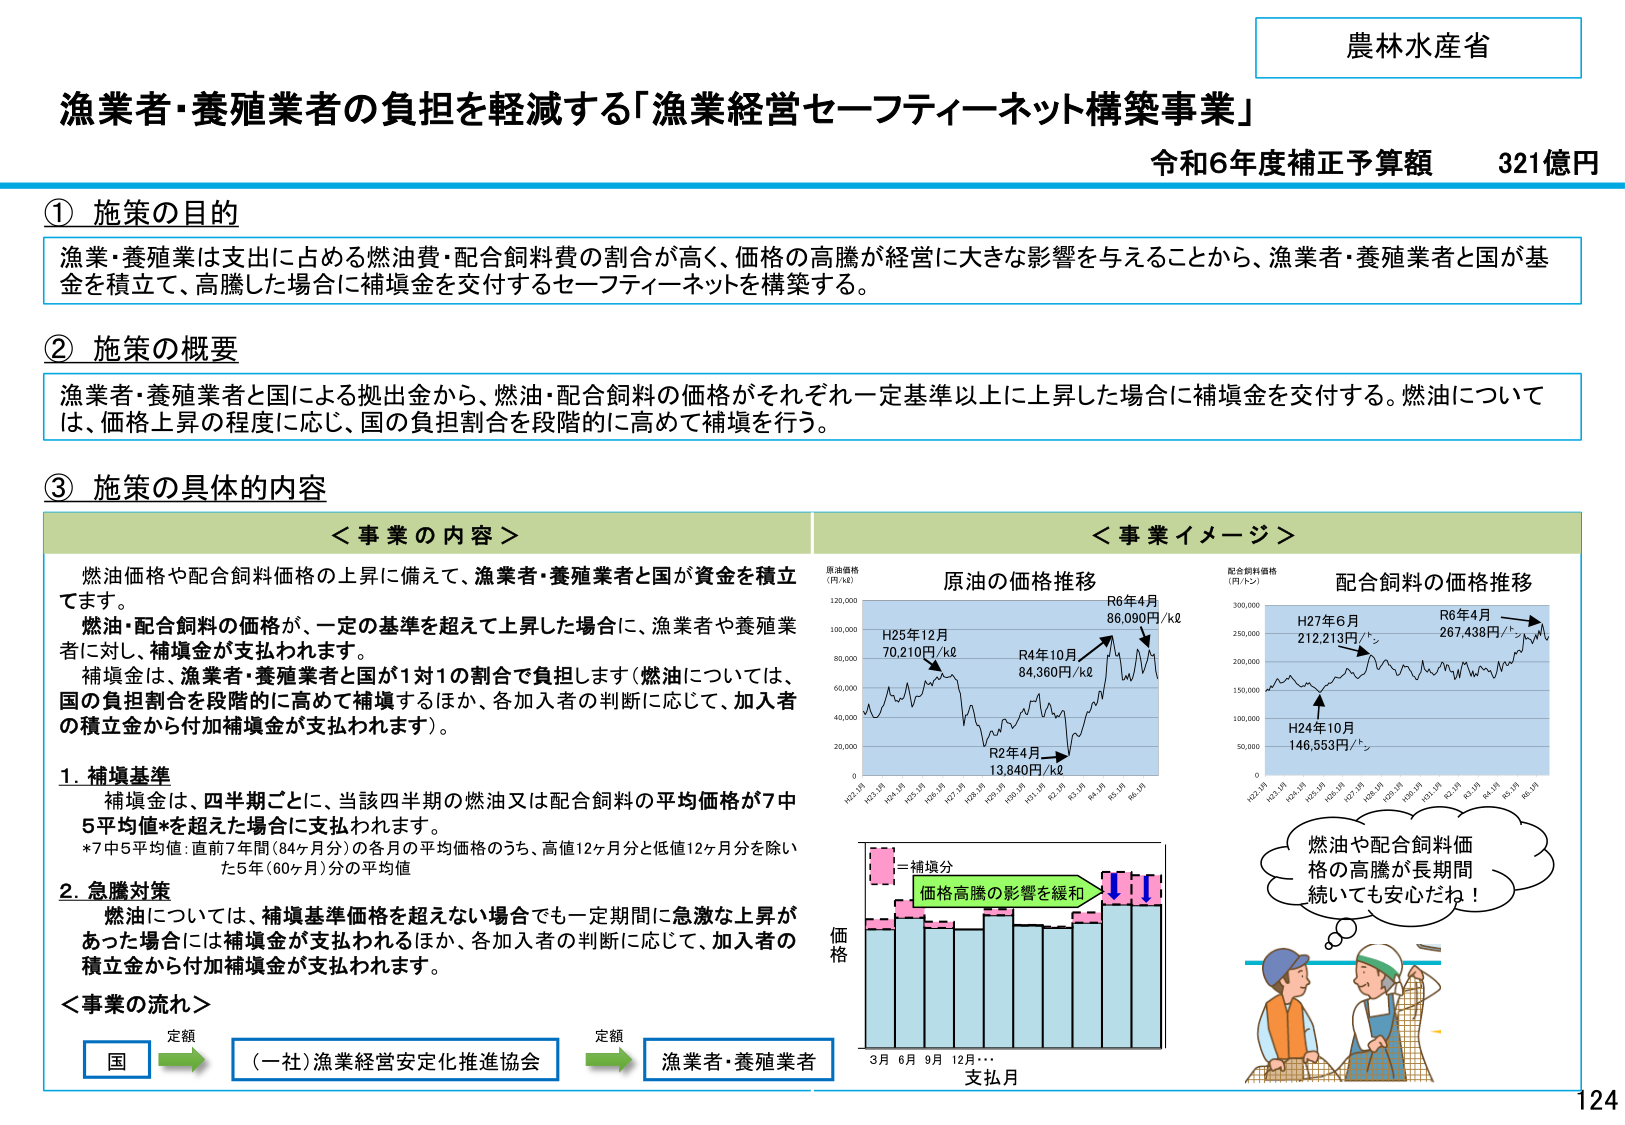
農林水産省
漁業者・養殖業者の負担を軽減する「漁業経営セーフティーネット構築事業」
令和6年度補正予算額 321億円

① 施策の目的
漁業・養殖業は支出に占める燃油費・配合飼料費の割合が高く、価格の高騰が経営に大きな影響を与えることから、漁業者・養殖業者と国が基金を積立て、高騰した場合に補填金を交付するセーフティーネットを構築する。

② 施策の概要
漁業者・養殖業者と国による拠出金から、燃油・配合飼料の価格がそれぞれ一定基準以上に上昇した場合に補填金を交付する。燃油については、価格上昇の程度に応じ、国の負担割合を段階的に高めて補填を行う。

③ 施策の具体的内容
＜事業の内容＞
燃油価格や配合飼料価格の上昇に備えて、漁業者・養殖業者と国が資金を積立てます。
燃油・配合飼料の価格が、一定の基準を超えて上昇した場合に、漁業者や養殖業者に対し、補填金が支払われます。
補填金は、漁業者・養殖業者と国が1対1の割合で負担します（燃油については、国の負担割合を段階的に高めて補填するほか、各加入者の判断に応じて、加入者の積立金から付加補填金が支払われます）。

1. 補填基準
補填金は、四半期ごとに、当該四半期の燃油又は配合飼料の平均価格が7中5平均値*を超えた場合に支払われます。
*7中5平均値：直前7年間（84ヶ月分）の各月の平均価格のうち、高値12ヶ月分と低値12ヶ月分を除いた5年（60ヶ月分）の平均値

2. 急遽対策
燃油については、補填基準価格を超えない場合でも一定期間に急激な上昇があった場合には補填金が支払われるほか、各加入者の判断に応じて、加入者の積立金から付加補填金が支払われます。

＜事業の流れ＞
国 →（一社）漁業経営安定化推進協会 → 漁業者・養殖業者
（矢印の上に「定額」と記載）

＜事業イメージ＞
原油の価格推移
（グラフ）
H25年12月 70,210円/kℓ
R2年4月 13,840円/kℓ
R4年10月 84,360円/kℓ
R6年4月 86,090円/kℓ

配合飼料の価格推移
（グラフ）
H24年10月 146,553円/トン
H27年6月 212,213円/トン
R6年4月 267,438円/トン

（棒グラフ）
価格
3月 6月 9月 12月…
支払月
一補填分
価格高騰の影響を緩和

（イラスト）
燃油や配合飼料価格の高騰が長期間続いても安心だね！

124